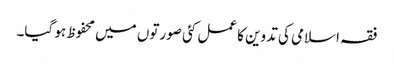
فقہ اسلامی کی تدوین کا عمل کئی صورتوں میں محفوظ ہو گیا۔